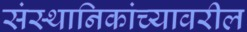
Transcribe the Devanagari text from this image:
संस्थानिकांच्यावरील